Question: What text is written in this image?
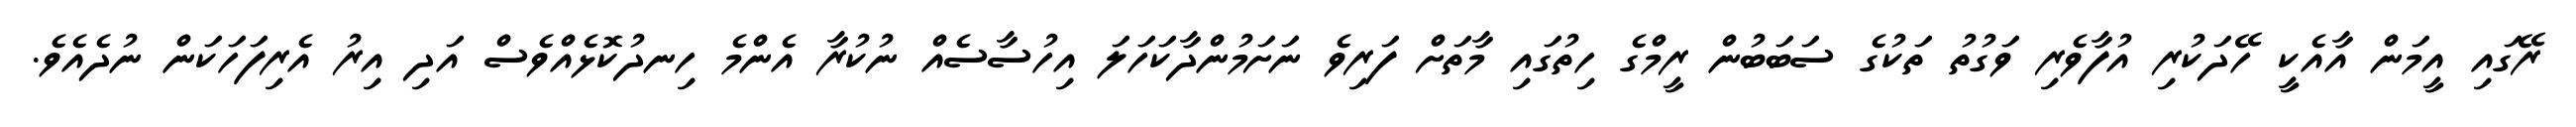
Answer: ރޭގައި އީމަން އާއެކީ ހޭދަކުރި އުފާވެރި ވަގުތު ތަކުގެ ސަބަބުން ރީމްގެ ހިތުގައި މާތަށް ފަރިވެ ނަށަމުންދާކަހަލަ އިހުސާސެއް ނުކުރާ އެންމެ ހިނދުކޮޅެއްވެސް އަދި އިރު އެރިފަހަކަން ނުދެއެވެ.